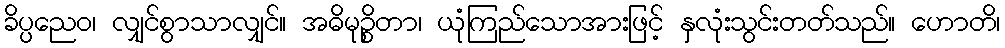
ခိပ္ပညေဝ၊ လျှင်စွာသာလျှင်။ အဓိမုဉ္စိတာ၊ ယုံကြည်သောအားဖြင့် နှလုံးသွင်းတတ်သည်။ ဟောတိ၊